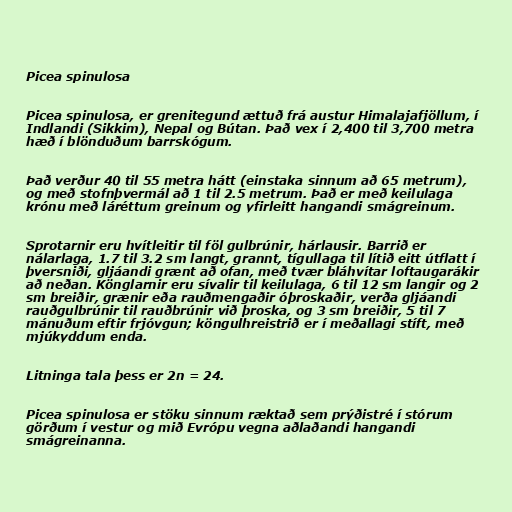
Picea spinulosa

Picea spinulosa, er grenitegund ættuð frá austur Himalajafjöllum, í
Indlandi (Sikkim), Nepal og Bútan. Það vex í 2,400 til 3,700 metra
hæð í blönduðum barrskógum.

Það verður 40 til 55 metra hátt (einstaka sinnum að 65 metrum),
og með stofnþvermál að 1 til 2.5 metrum. Það er með keilulaga
krónu með láréttum greinum og yfirleitt hangandi smágreinum.

Sprotarnir eru hvítleitir til föl gulbrúnir, hárlausir. Barrið er
nálarlaga, 1.7 til 3.2 sm langt, grannt, tígullaga til lítið eitt útflatt í
þversniði, gljáandi grænt að ofan, með tvær bláhvítar loftaugarákir
að neðan. Könglarnir eru sívalir til keilulaga, 6 til 12 sm langir og 2
sm breiðir, grænir eða rauðmengaðir óþroskaðir, verða gljáandi
rauðgulbrúnir til rauðbrúnir við þroska, og 3 sm breiðir, 5 til 7
mánuðum eftir frjóvgun; köngulhreistrið er í meðallagi stíft, með
mjúkyddum enda.

Litninga tala þess er 2n = 24.

Picea spinulosa er stöku sinnum ræktað sem prýðistré í stórum
görðum í vestur og mið Evrópu vegna aðlaðandi hangandi
smágreinanna.